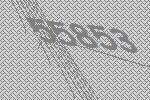
55853